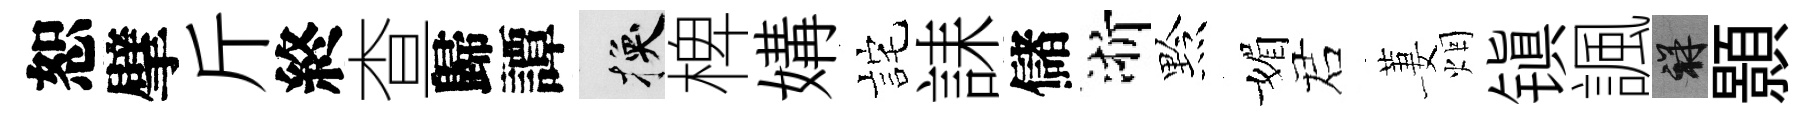
恕擘斤終查歸譚换椑媾詫誄儲浙黔媚诺萋烟镇諷祥顥